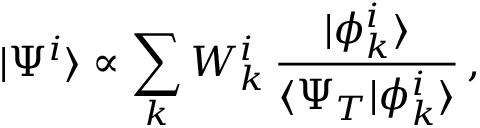
| \Psi ^ { i } \rangle \propto \sum _ { k } W _ { k } ^ { i } \, \frac { | \phi _ { k } ^ { i } \rangle } { \langle \Psi _ { T } | \phi _ { k } ^ { i } \rangle } \, ,